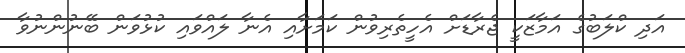
އަދި ކްލަބުގެ އަމާޒަކީ ޖެރާޑަށް އެހީތެރިވުން ކަމަށާއި އެނާ ލައްވައި ކުޅުވަން ބޭނުންނުވާ